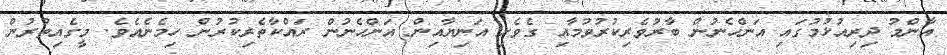
އާންމު ދިރިއުޅުމުގައި އަންހެނުން ބާރުވެރިކުރުވުމާއި ގެވެށި އަނިޔާއިން އަންހެނުން ރައްކާތެރިކުރުން ހިމެނެއެވެ. މީގެއިތުރުން